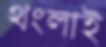
থংলাই